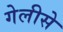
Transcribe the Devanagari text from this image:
गेलीसे